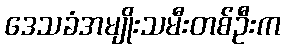
ဒေသခံအမျိုးသမီးတစ်ဦးက